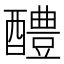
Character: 醴